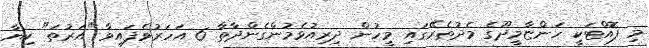
މި ފޮއްޓަކީ ހަންޏާމީދޫގެ މެދުތެރޭގައި މީހުން ދިރިއުޅެމުންގެންދާތާ 6 އަހަރުވެފައިވާ "އަރުތަ" ކިޔާ